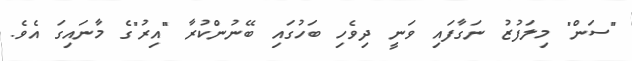
"ސަން" މިލަފުޒު ނަގާފައި ވަނީ ދިވެހި ބަހުގައި ބޭނުންކުރާ "އިރު"ގެ މާނައިގަ އެވެ.